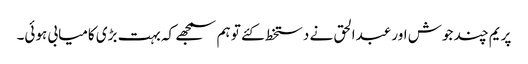
پریم چند جوش اور عبدالحق نے دستخط کئے تو ہم سمجھے کہ بہت بڑی کامیابی ہوئی۔